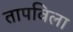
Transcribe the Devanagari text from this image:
तापविला